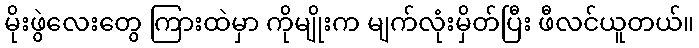
မိုးဖွဲလေးတွေ ကြားထဲမှာ ကိုမျိုးက မျက်လုံးမှိတ်ပြီး ဖီလင်ယူတယ်။